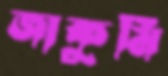
জাকুমি